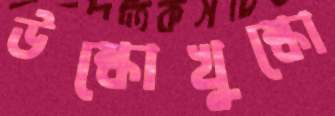
উষ্কোখুষ্কো